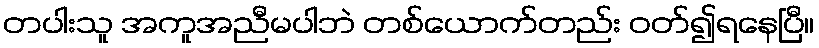
တပါးသူ အကူအညီမပါဘဲ တစ်ယောက်တည်း ဝတ်၍ရနေပြီ။